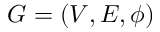
G = ( V , E , \phi )